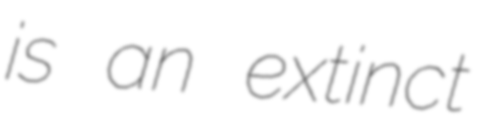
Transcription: is an extinct